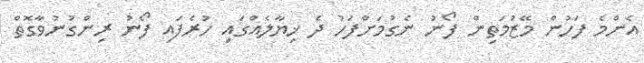
އެންމެ ފަހުން މޭޒުމަތިން ފޯނު ނެގުމަށްފަހު ދެ ޚިޔާލެއްގައި ހުރެފައި ފޯނު ރިންގުނުވާގޮތް